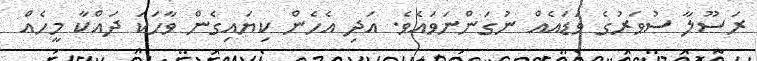
ރަސޫލާ ސުވަރުގެ ވަޑައެއް ނުގަންނަވައެވެ. އަދި އެހެން ކިޔައިގެން ވާހަކަ ދަައްކާ މީހެއް